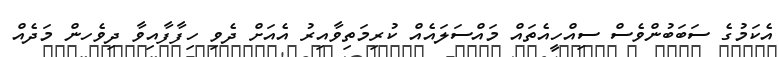
އެކަމުގެ ސަބަބުންވެސް ސިއްހީއެތައް މައްސަލައެއް ކުރިމަތިވާއިރު އެއަށް ދެވި ހިފާފާއިވާ ދިވެހން މަދެއް